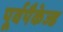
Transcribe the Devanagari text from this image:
पूर्वपैकेज्ड